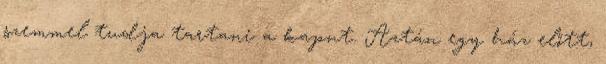
szemmel tudja tartani a kaput. Aztán egy ház előtt,